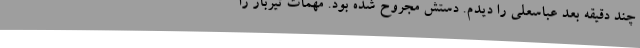
چند دقیقه بعد عباسعلی را دیدم. دستش مجروح شده بود. مهمات تیربار را